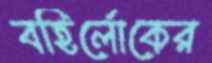
বহির্লোকের